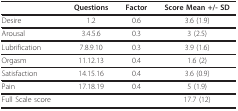
<table><thead><tr><td></td><td><b>Questions</b></td><td><b>Factor</b></td><td><b>Score Mean +/- SD</b></td></tr></thead><tbody><tr><td>Desire</td><td>1.2</td><td>0.6</td><td>3.6 (1.9)</td></tr><tr><td>Arousal</td><td>3.4.5.6</td><td>0.3</td><td>3 (2.5)</td></tr><tr><td>Lubrification</td><td>7.8.9.10</td><td>0.3</td><td>3.9 (1.6)</td></tr><tr><td>Orgasm</td><td>11.12.13</td><td>0.4</td><td>1.6 (2)</td></tr><tr><td>Satisfaction</td><td>14.15.16</td><td>0.4</td><td>3.6 (0.9)</td></tr><tr><td>Pain</td><td>17.18.19</td><td>0.4</td><td>5 (1.9)</td></tr><tr><td>Full Scale score</td><td></td><td></td><td>17.7 (12)</td></tr></tbody></table>